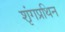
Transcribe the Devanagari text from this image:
शृंगप्रथिन